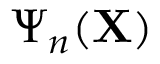
\Psi _ { n } ( \mathbf { X } )